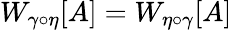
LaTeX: W_{\gamma\circ\eta}[A]=W_{\eta\circ\gamma}[A]